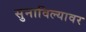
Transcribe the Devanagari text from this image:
सुनाविल्यावर